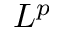
L ^ { p }